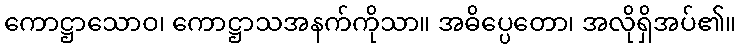
ကောဋ္ဌာသောဝ၊ ကောဋ္ဌာသအနက်ကိုသာ။ အဓိပ္ပေတော၊ အလိုရှိအပ်၏။